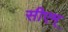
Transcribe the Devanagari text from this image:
सीएम्